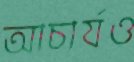
আচার্যও